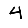
Digit: 4